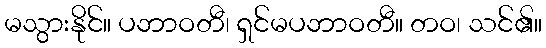
မသွားနိုင်။ ပဘာဝတီ၊ ရှင်မပဘာဝတီ။ တဝ၊ သင်၏။